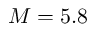
M = 5 . 8